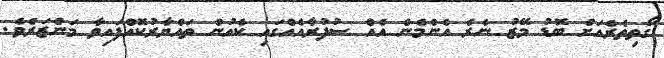
ގޯތިތެރެއަށް ބޮޑު މޭޒު ނެރެ އެންމެން އެއް ސުފުރާއެއްގައި ކެއުން ތައްޔާރުކޮއްފައިވާ މަންޒަރެވެ.